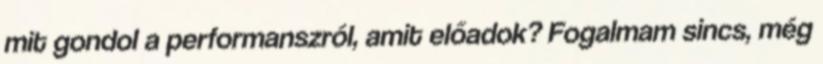
mit gondol a performanszról, amit előadok? Fogalmam sincs, még